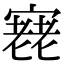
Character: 𡪰